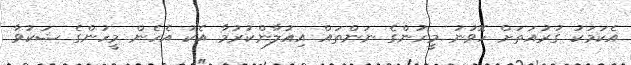
އެކަމަކު ގުރުއަތަށް ހޮވުނު މީހުންގެ ނަންތައް އިއުލާންކުރުމާ އެކު އެހެން މީހުންގެ ޝަކުވާ